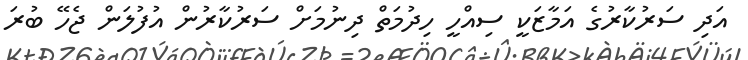
އަދި ސަރުކާރުގެ އަމާޒަކީ ސިއްހީ ހިދުމަތް ދިނުމަށް ސަރުކާރުން އުފުލަން ޖެހޭ ބުރަ